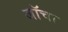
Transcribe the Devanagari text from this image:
जॉचा